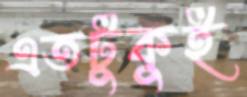
এতটুকুই